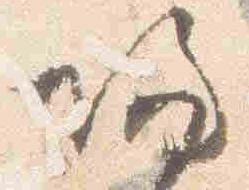
帰